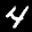
Label: 4